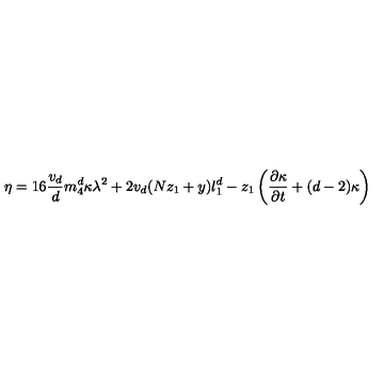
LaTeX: \eta = 1 6 \frac { v _ { d } } { d } m _ { 4 } ^ { d } \kappa \lambda ^ { 2 } + 2 v _ { d } ( N z _ { 1 } + y ) l _ { 1 } ^ { d } - z _ { 1 } \left( \frac { \partial { \kappa } } { \partial { t } } + ( d - 2 ) \kappa \right)